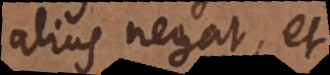
alius negat, et